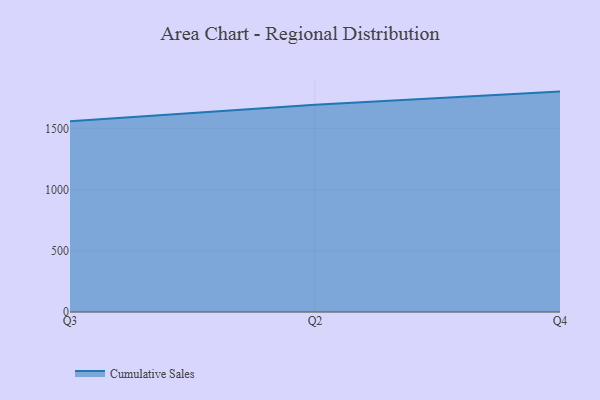
{"axis": {"x": "Quarter", "y": "Temperature (°C)"}, "legend": ["Cumulative Sales"], "data": [{"x": "Q3", "y": 1558.9, "type": "Cumulative Sales"}, {"x": "Q2", "y": 1692.1, "type": "Cumulative Sales"}, {"x": "Q4", "y": 1800.1, "type": "Cumulative Sales"}]}